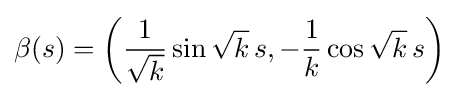
\beta (s)=\left({\frac {1}{\sqrt {k}}}\sin {\sqrt {k}}\,s,-{\frac {1}{k}}\cos {\sqrt {k}}\,s\right)